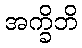
အက္ခိဘိ